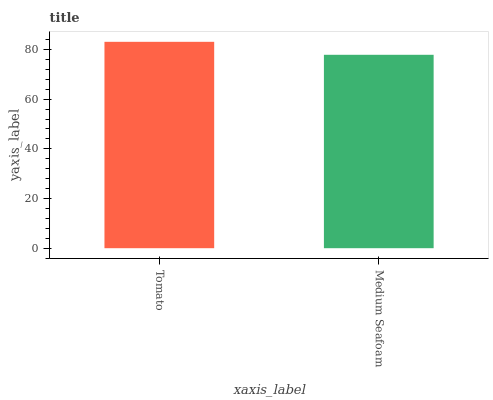
| xaxis_label | bars |
 | --- | --- |
 | Tomato | 83.1 |
 | Medium Seafoam | 77.8 |